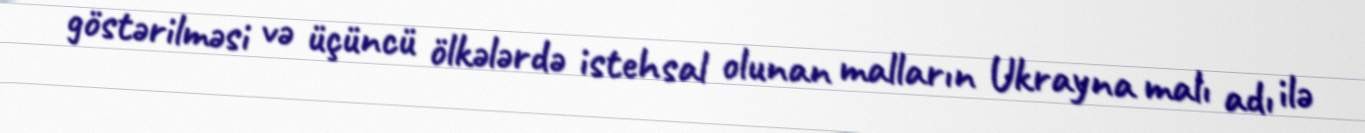
göstərilməsi və üçüncü ölkələrdə istehsal olunan malların Ukrayna malı adı ilə